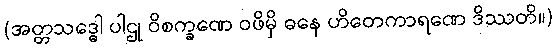
(အတ္တသဒ္ဓေါ ပါဌု ဝိစက္ခဏေ ဝဖိမှိ ဓနေ ဟိတေကာရဏေ ဒိဿတိ။)